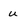
Character: u